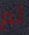
ثم